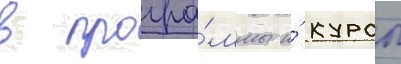
в програ́ммы и́ курсы